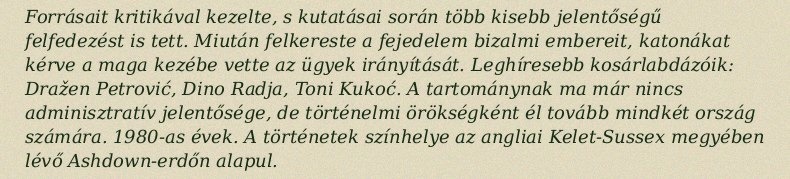
Forrásait kritikával kezelte, s kutatásai során több kisebb jelentőségű felfedezést is tett. Miután felkereste a fejedelem bizalmi embereit, katonákat kérve a maga kezébe vette az ügyek irányítását. Leghíresebb kosárlabdázóik: Dražen Petrović, Dino Radja, Toni Kukoć. A tartománynak ma már nincs adminisztratív jelentősége, de történelmi örökségként él tovább mindkét ország számára. 1980-as évek. A történetek színhelye az angliai Kelet-Sussex megyében lévő Ashdown-erdőn alapul.